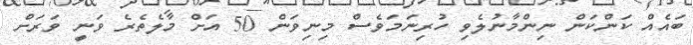
ބައެއް ކަންކަން ނިންމާނުލެވި ހުރިނަމަވެސް މިނިވަން 50 އަށް މާލެތެރެ ވަނީ ވަރަށް